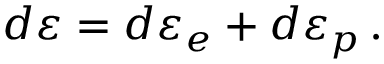
d { \boldsymbol { \varepsilon } } = d { \boldsymbol { \varepsilon } } _ { e } + d { \boldsymbol { \varepsilon } } _ { p } \, .